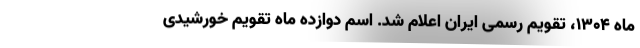
ماه ۱۳۰۴، تقویم رسمی ایران اعلام شد. اسم دوازده ماه تقویم خورشیدی